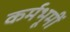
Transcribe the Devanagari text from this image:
कर्मभूमीं